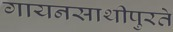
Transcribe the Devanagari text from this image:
गायनसाथीपुरते